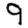
Digit: 9